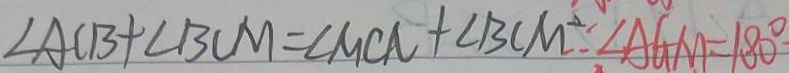
\angle A C B + \angle B C M = \angle M C N + \angle B C M \therefore \angle A G M = 1 8 0 ^ { \circ }